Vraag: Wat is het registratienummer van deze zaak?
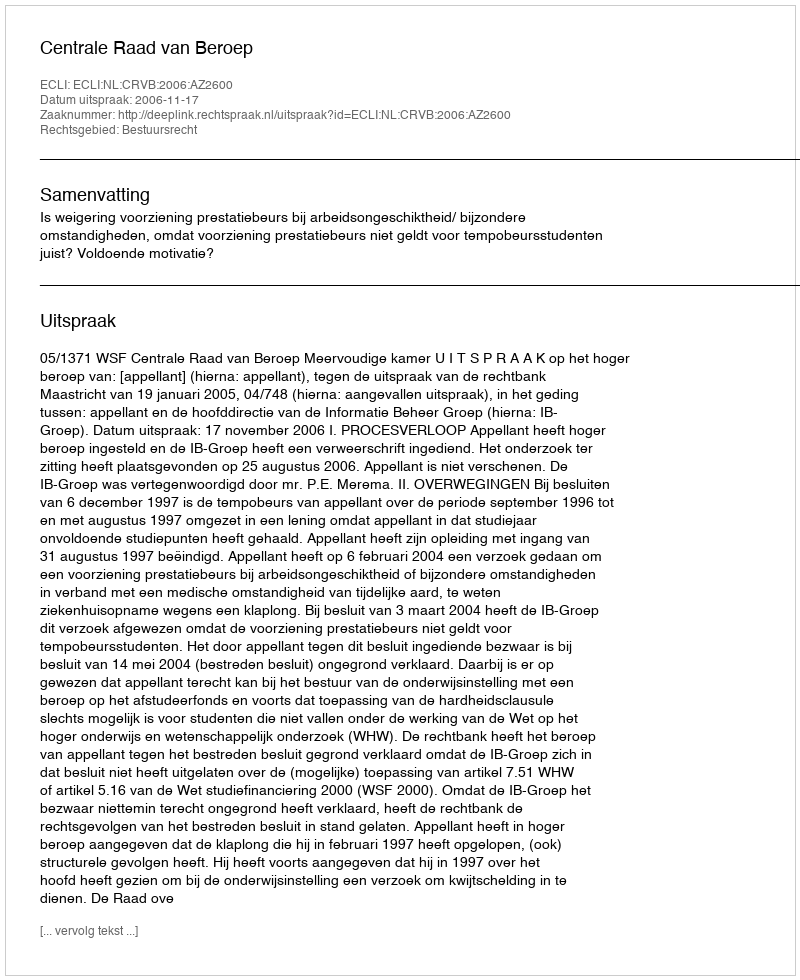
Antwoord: http://deeplink.rechtspraak.nl/uitspraak?id=ECLI:NL:CRVB:2006:AZ2600